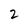
Character: 2